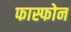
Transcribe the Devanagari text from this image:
फास्फोन